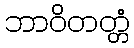
ဘာဝိတတ္တံ